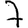
Digit: 7